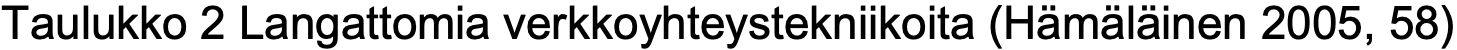
Taulukko 2 Langattomia verkkoyhteystekniikoita (Hämäläinen 2005, 58)